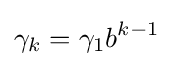
\gamma _{k}=\gamma _{1}b^{k-1}